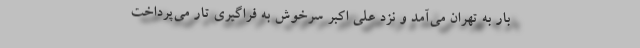
بار به تهران می‌آمد و نزد علی اکبر سرخوش به فراگیری تار می‌پرداخت